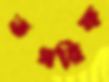
তসরিফ